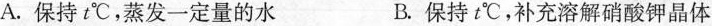
A.保持t℃，蒸发一定量的水 B.保持t℃，补充溶解硝酸钾晶体